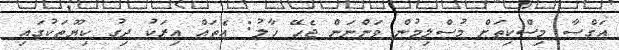
އަގްސާ މިސްކިތަށް މުސްލިމުން ވަންނަން ޖެހޭ ހާލު: އެތައް އިރަކު ދިގު ކިޔޫތަކުގައި